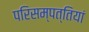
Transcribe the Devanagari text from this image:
परिसम्‍पत्तियां